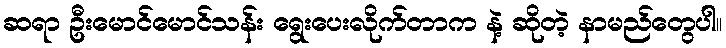
ဆရာ ဦးမောင်မောင်သန်း ရွေးပေးလိုက်တာက နဲ့ ဆိုတဲ့ နာမည်တွေပါ။